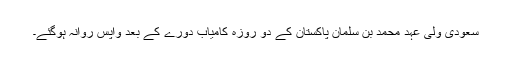
سعودی ولی عہد محمد بن سلمان پاکستان کے دو روزہ کامیاب دورے کے بعد واپس روانہ ہوگئے۔